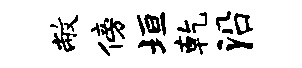
敝傍垣乾沿